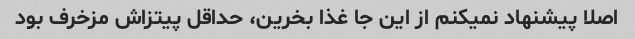
اصلا پیشنهاد نمیکنم از این جا غذا بخرین، حداقل پیتزاش مزخرف بود